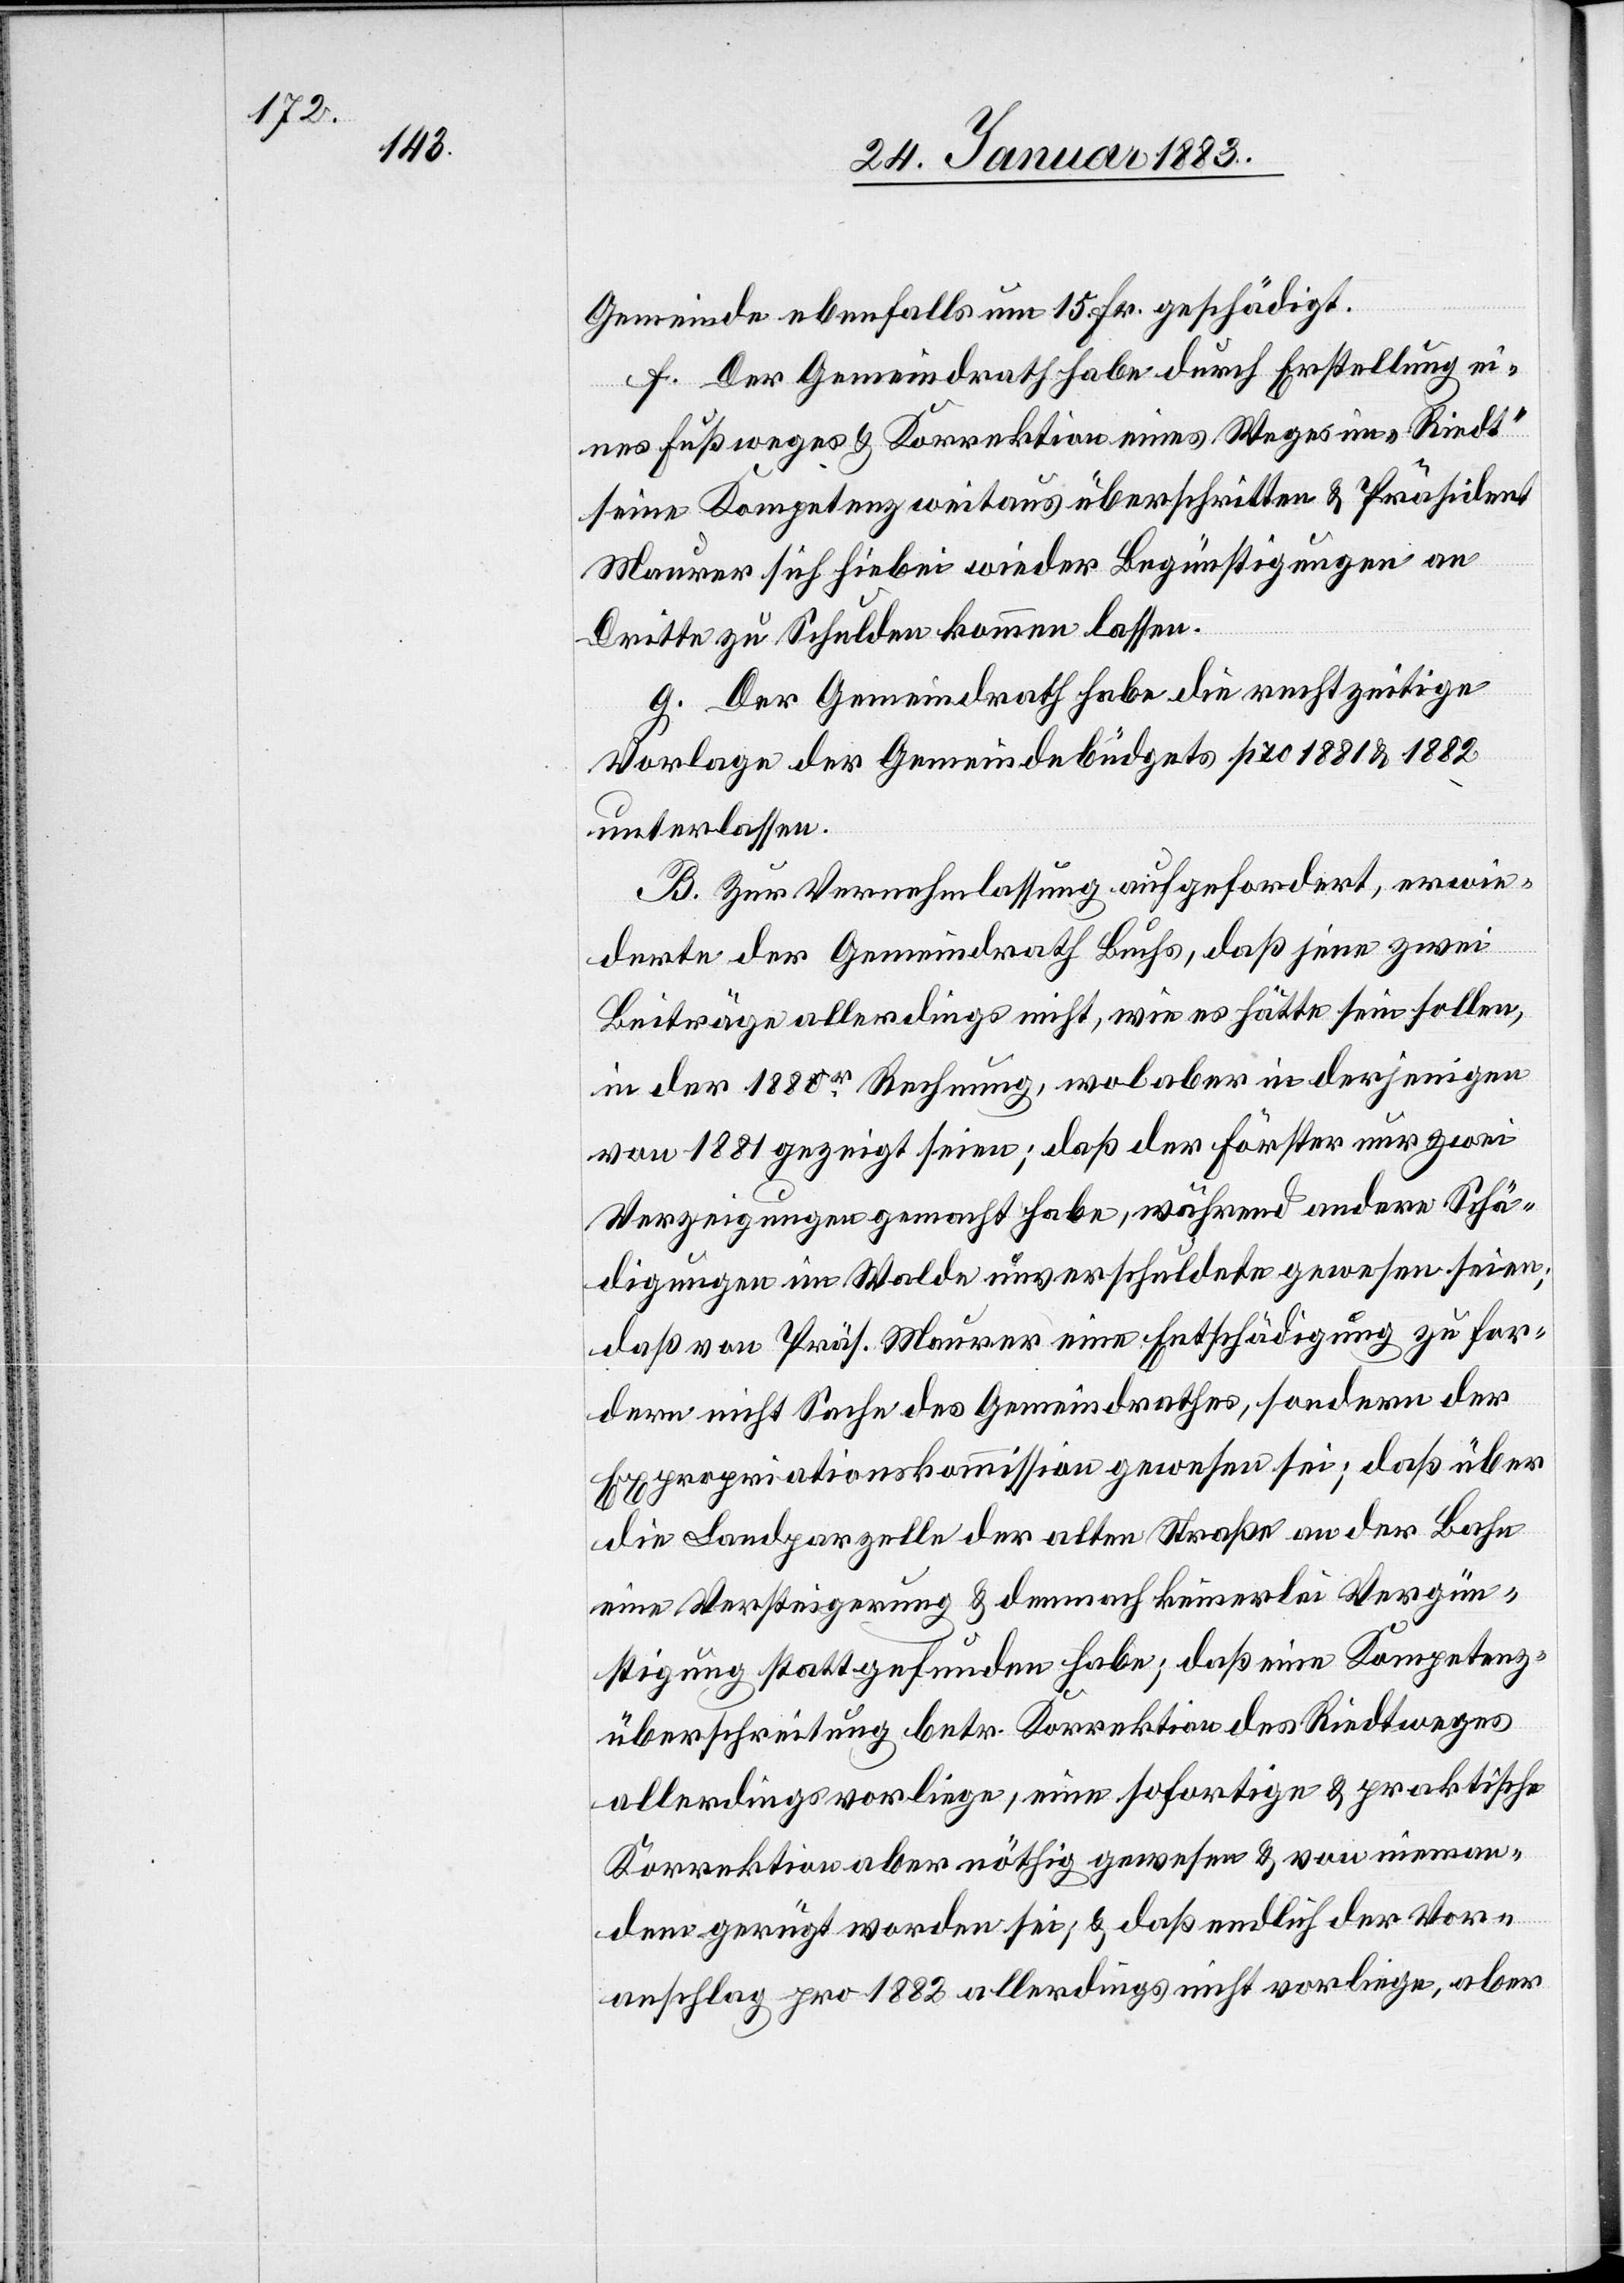
Gemeinde ebenfalls um 15 Fr. geschädigt.
f. Der Gemeindrath habe durch Erstellung ei¬
nes Fußweges & Korrektion eines Weges im „Riedt“
seine Kompetenz weitaus überschritten & Präsident
Maurer sich hiebei wieder Begünstigungen an
Dritte zu Schulden kommen lassen.
g. Der Gemeindrath habe die rechtzeitige
Vorlage der Gemeindebüdgets pro 1881 & 1882
unterlassen.
B. Zur Vernehmlassung aufgefordert, erwie¬
derte der Gemeindrath Buchs, daß jene zwei
Beiträge allerdings nicht, wie es hätte sein sollen,
in der 1880r Rechnung, wol aber in derjenigen
von 1881 gezeigt seien; daß der Förster nur zwei
Verzeigungen gemacht habe, während andere Schä¬
digungen im Walde unverschuldetet gewesen seien;
daß von Präs. Maurer eine Entschädigung zu for¬
dern nicht Sache des Gemeindrathes, sondern der
Expropriationskommission gewesen sei; daß über
die Landparzelle der alten Straße an der Bahn
eine Versteigerung & demnach keinerlei Vergün¬
stigung stattgefunden habe; daß eine Kompetenz¬
überschreitung betr. Korrektion des Riedtweges
allerdings vorliege, eine sofortige & praktische
Korrektion aber nöthig gewesen & von nieman¬
dem gerügt worden sei; & daß endlich der Vor¬
anschlag pro 1882 allerdings nicht vorliege, aber